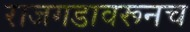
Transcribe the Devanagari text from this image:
राजगडावरूनच